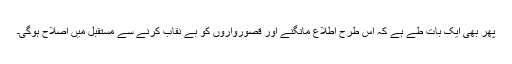
پھر بھی ایک بات طے ہے کہ اس طرح اطلاع مانگنے اور قصورواروں کو بے نقاب کرنے سے مستقبل میں اصلاح ہوگی۔